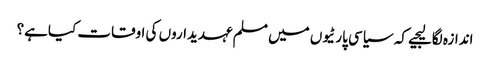
اندازہ لگالیجیے کہ سیاسی پارٹیوں میں مسلم عہدیداروں کی اوقات کیاہے؟